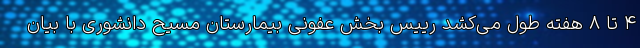
۴ تا ۸ هفته طول می‌کشد رییس بخش عفونی بیمارستان مسیح دانشوری با بیان